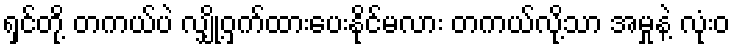
ရှင်တို့ တကယ်ပဲ လျှို့ဝှက်ထားပေးနိုင်မလား တကယ်လို့သာ အမှုနဲ့ လုံးဝ